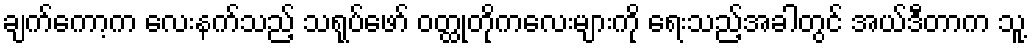
ချက်ကော့က လေးနက်သည့် သရုပ်ဖော် ဝတ္ထုတိုကလေးများကို ရေးသည့်အခါတွင် အယ်ဒီတာက သူ့